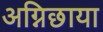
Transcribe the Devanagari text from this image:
अग्निछाया